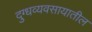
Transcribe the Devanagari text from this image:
दुग्धव्यवसायातील